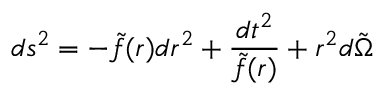
d s ^ { 2 } = - \tilde { f } ( r ) d r ^ { 2 } + \frac { d t ^ { 2 } } { \tilde { f } ( r ) } + r ^ { 2 } d \tilde { \Omega }